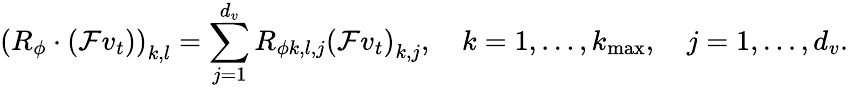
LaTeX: \left(R_{\phi}\cdot\left(\mathcal{F}v_{t}\right)\right)_{k,l}=\sum_{j=1}^{d_{v}}R_{\phi k,l,j}\left(\mathcal{F}v_{t}\right)_{k,j},\quad k=1,\ldots,k_{\operatorname*{max}},\quad j=1,\ldots,d_{v}.